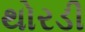
થોરડી